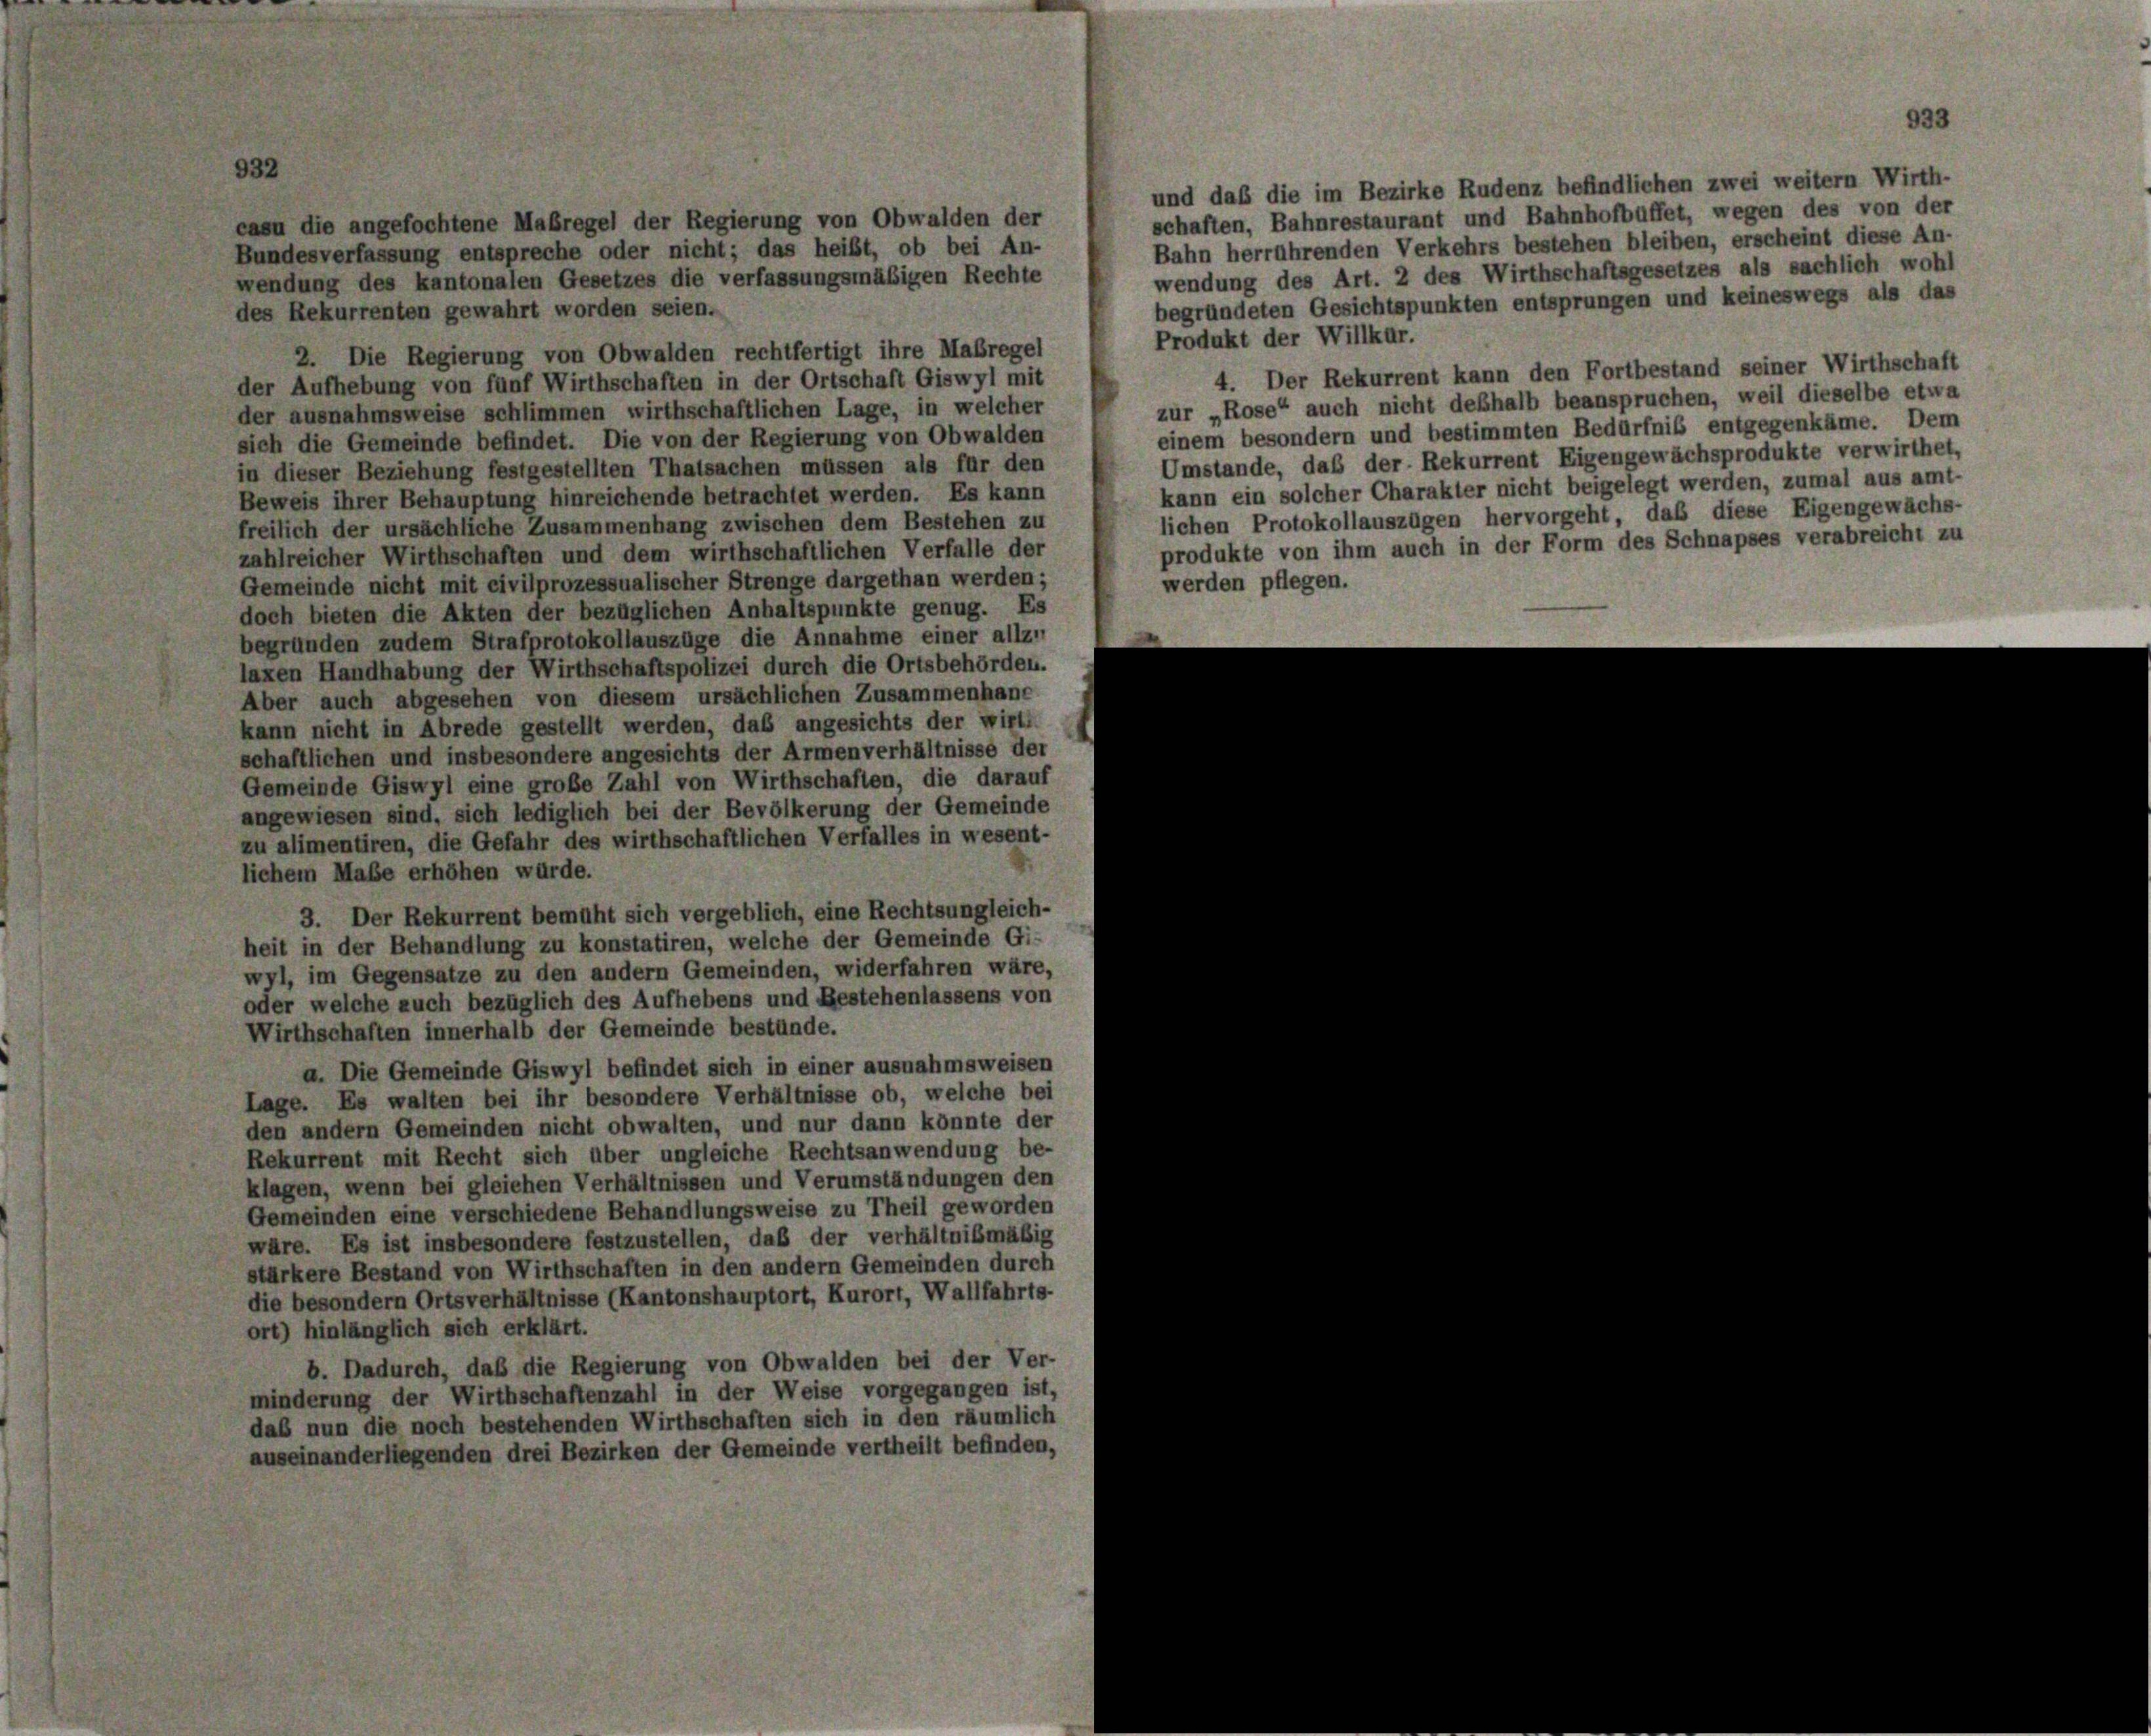
des Rekurrenten gewahrt worden seien.
2. Die Regierung von Obwalden rechtfertigt ihre Maßregel
der Aufhebung von fünf Wirthschaften in der Ortschaft Giswyl mit
der ausnahmsweise schlimmen wirthschaftlichen Lage, in welcher
sich die Gemeinde befindet. Die von der Regierung von Obwalden
in dieser Beziehung festgestellten Thatsachen müssen als für den
Beweis ihrer Behauptung hinreichende betrachtet werden. Es kann
freilich der ursächliche Zusammenhang zwischen dem Bestehen zu
zahlreicher Wirthschaften und dem wirthschaftlichen Verfalle der
werden pflegen.
Gemeinde nicht mit civilprozessualischer Strenge dargethan werden;
doch bieten die Akten der bezüglichen Anhaltspunkte genug. Es
begründen zudem Strafprotokollauszüge die Annahme einer allz
laxen Handhabung der Wirthschaftspolizei durch die Ortsbehörden.
Aber auch abgesehen von diesem ursächlichen Zusammenhang
kann nicht in Abrede gestellt werden, das angesichts der wirt
schaftlichen und insbesondere angesichts der Armenverhältnisse der
Gemeinde Giswyl eine große Zahl von Wirthschaften, die darauf
angewiesen sind, sich lediglich bei der Bevölkerung der Gemeinde
zu alimentiren, die Gefahr des wirthschaftlichen Verfalles in wesent-
lichem Maße erhöhen würde.
3. Der Rekurrent bemüht sich vergeblich, eine Rechtsungleich-
heit in der Behandlung zu konstatiren, welche der Gemeinde Gi-
wyl, im Gegensatze zu den andern Gemeinden, widerfahren wäre,
oder welche auch bezüglich des Aufhebens und Bestehenlassens von
Wirthschaften innerhalb der Gemeinde bestände.
a. Die Gemeinde Giswyl befindet sich in einer ausnahmsweisen
Lage. Es walten bei ihr besondere Verhältnisse ob, welche bei
den andern Gemeinden nicht obwalten, und nur dann könnte der
Rekurrent mit Recht sich über ungleiche Rechtsanwendung be-
klagen, wenn bei gleichen Verhältnissen und Verumständungen den
Gemeinden eine verschiedene Behandlungsweise zu Theil geworden
wäre. Es ist insbesondere festzustellen, daß der verhältnißmäßig
stärkere Bestand von Wirthschaften in den andern Gemeinden durch
die besondern Ortsverhältnisse (Kantonshauptort, Kurort, Wallfahrts-
ort) hinlänglich sich erklärt.
b. Dadurch, daß die Regierung von Obwalden bei der Ver-
minderung der Wirthschaftenzahl in der Weise vorgegangen ist,
daß nun die noch bestehenden Wirthschaften sich in den räumlich
auseinanderliegenden drei Bezirken der Gemeinde vertheilt befinden,

932

casu die angefochtene Maßregel der Regierung von Obwalden der
Bundesverfassung entspreche oder nicht; das heißt, ob bei An-
wendung des kantonalen Gesetzes die verfassungsmäßigen Rechte

923
und daß die im Bezirke Rudenz befindlichen zwei weitern Wirth-
schaften, Bahnrestaurant und Bahnhofbüffet, wegen des von der
Bahn herrührenden Verkehrs bestehen bleiben, erscheint diese An-
wendung des Art. 2 des Wirthschaftsgesetzes als sachlich wohl
begründeten Gesichtspunkten entsprungen und keineswegs als das
Produkt der Willkür.
4. Der Rekurrent kann den Fortbestand seiner Wirthschaft
zur „Rose“ auch nicht deßhalb beanspruchen, weil dieselbe etwa
einem besondern und bestimmten Bedürfniß entgegenkäme. Dem
Umstände, daß der Rekurrent Eigengewachsprodukte verwirthet,
kann ein solcher Charakter nicht beigelegt werden, zumal aus amt-
lichen Protokollauszügen hervorgeht, daß diese Eigengewachs-
produkte von ihm auch in der Form des Schnapses verabreicht zu